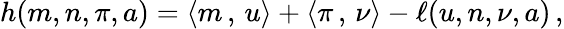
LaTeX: \begin{array}{r}{h(m,n,\pi,a)=\left<m\, ,\, u\right>+\left<\pi\, ,\, \nu\right>-\ell(u,n,\nu,a)\, ,}\end{array}